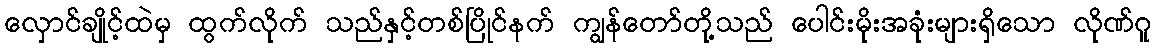
လှောင်ချိုင့်ထဲမှ ထွက်လိုက် သည်နှင့်တစ်ပြိုင်နက် ကျွန်တော်တို့သည် ပေါင်းမိုးအခုံးများရှိသော လိုဏ်ဂူ